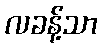
လခန့်သာ